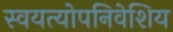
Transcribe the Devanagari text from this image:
स्वयत्योपनिवेशिय